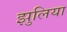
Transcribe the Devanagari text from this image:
झुलिया